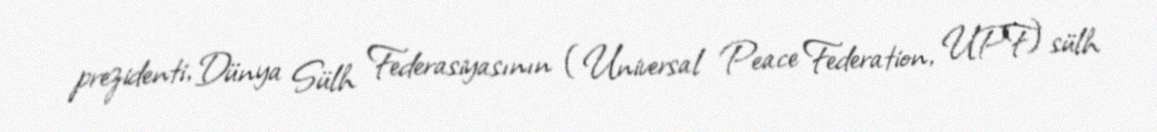
prezidenti, Dünya Sülh Federasiyasının (Universal Peace Federation, UPF) sülh